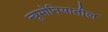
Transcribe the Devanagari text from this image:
न्यूमोनियातील